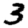
Digit: 3